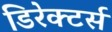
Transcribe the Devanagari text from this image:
डिरेक्टर्स